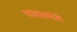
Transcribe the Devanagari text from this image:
चावाकचेरी